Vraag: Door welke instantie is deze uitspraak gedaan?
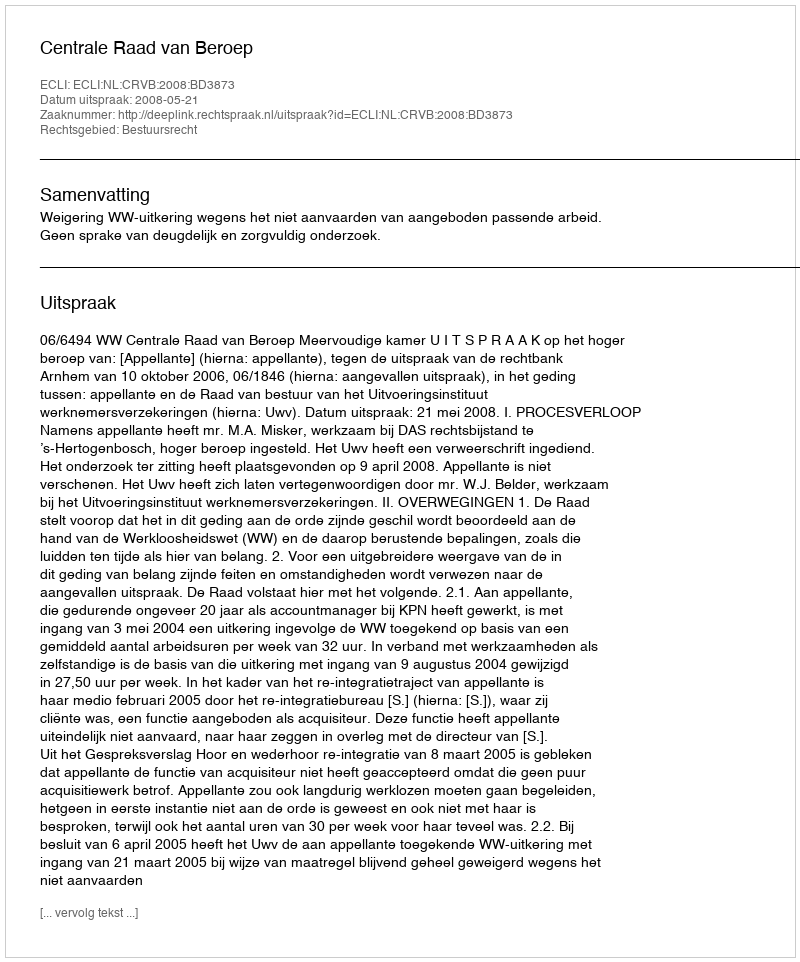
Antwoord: Centrale Raad van Beroep